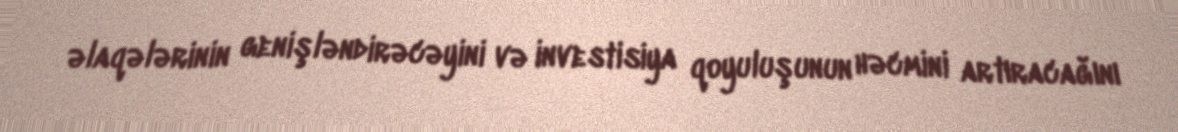
əlaqələrinin genişləndirəcəyini və investisiya qoyuluşunun həcmini artıracağını